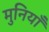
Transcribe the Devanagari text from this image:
मुनियाँ